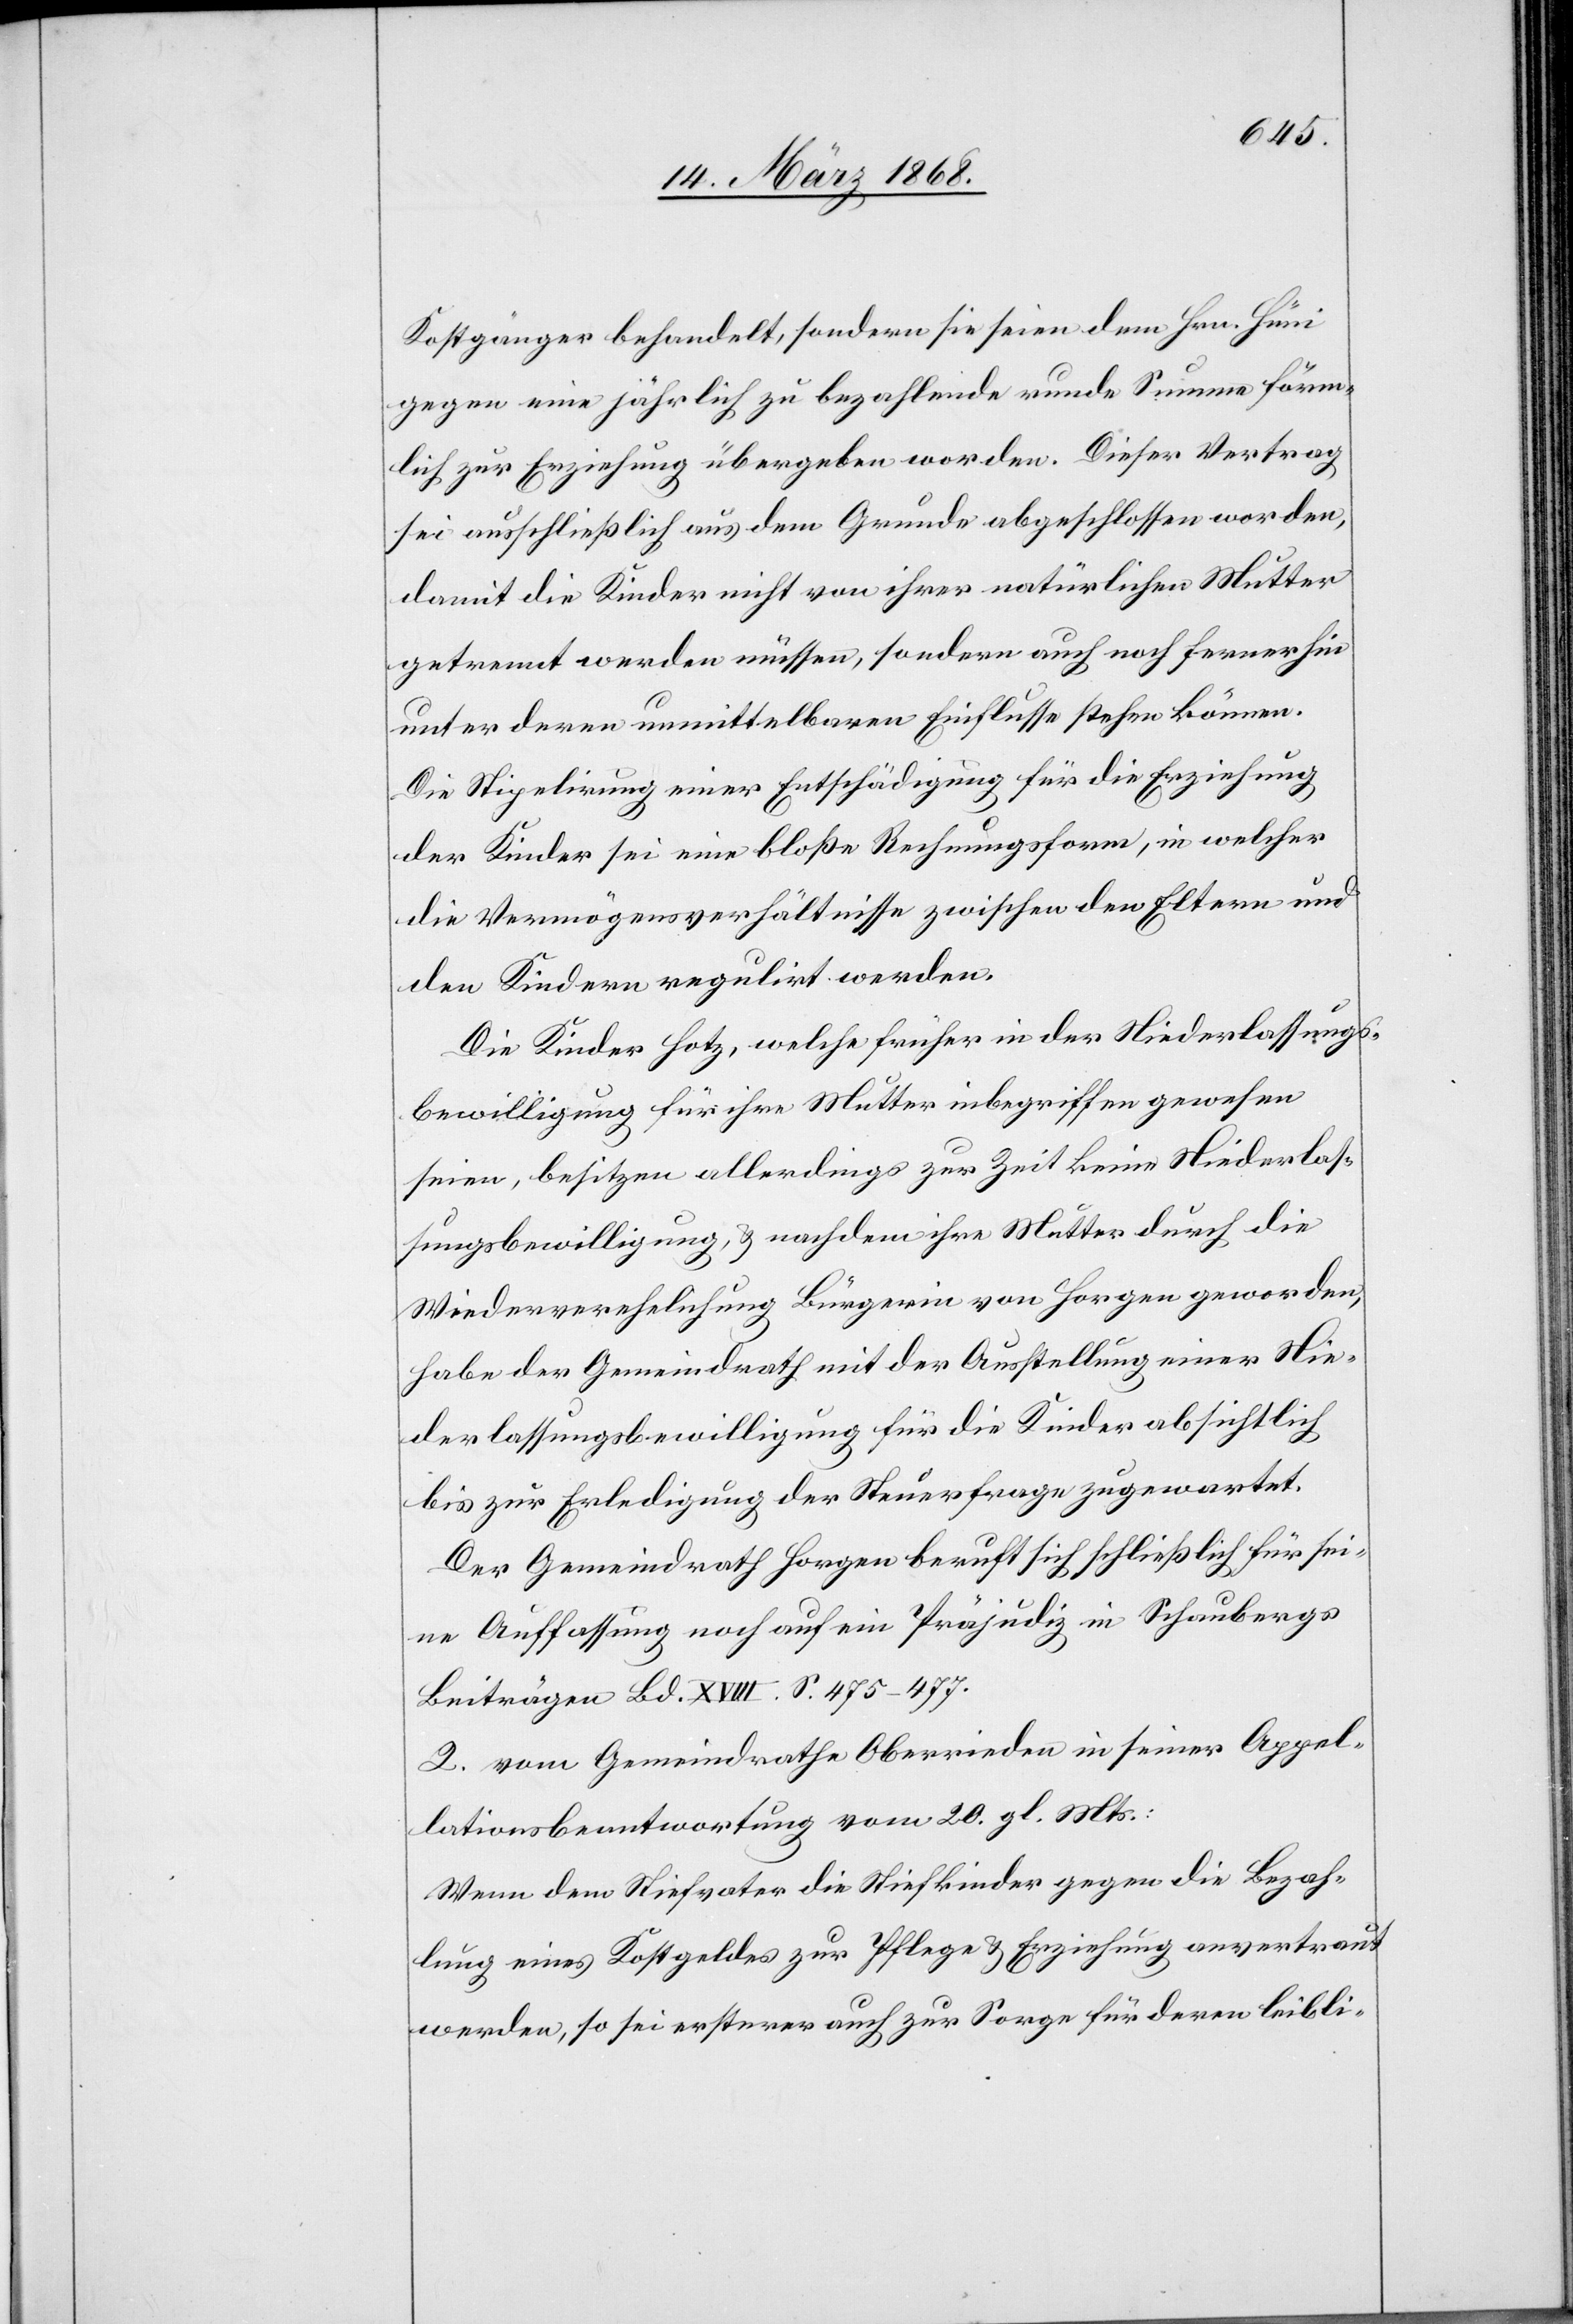
Kostgänger behandelt, sondern sie seien dem Hrn. Hüni
gegen eine jährlich zu bezahlende runde Summe förm¬
lich zur Erziehung übergeben worden. Dieser Vertrag
sei ausschließlich aus dem Grunde abgeschlossen worden,
damit die Kinder nicht von ihrer natürlichen Mutter
getrennt werden müssen, sondern auch noch fernerhin
unter deren unmittelbaren Einflusse stehen können.
[recte: Stipulirung] einer Entschädigung für die Erziehung
der Kinder sei eine bloße Rechnungsform, in welcher
die Vermögensverhältnisse zwischen den Eltern und
den Kindern regulirt werden.
Die Kinder Hotz, welche früher in der Niederlassungs¬
bewilligung für ihre Mutter inbegriffen gewesen
seien, besitzen allerdings zur Zeit keine Niederlas¬
sungsbewilligung, & nachdem ihre Mutter durch die
Wiederverehelichung Bürgerin von Horgen geworden,
habe der Gemeindrath mit der Ausstellung einer Nie¬
derlassungsbewilligung für die Kinder absichtlich
bis zur Erledigung der Steuerfrage zugewartet.
Der Gemeindrath Horgen beruft sich schließlich für sei¬
ne Auffassung noch auf ein Präjudiz in Schaubergs
Beiträgen Bd. XVIII. S. 475–477.
2. vom Gemeindrathe Oberrieden in seiner Appel¬
lationsbeantwortung vom 20. gl. Mts.:
Wenn dem Stiefvater die Stiefkinder gegen die Bezah¬
lung eines Kostgeldes zur Pflege & Erziehung anvertraut
werden, so sei ersterer auch zur Sorge für deren leibli-